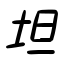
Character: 坦